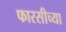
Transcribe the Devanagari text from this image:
फारसीच्या